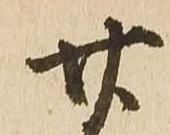
廿